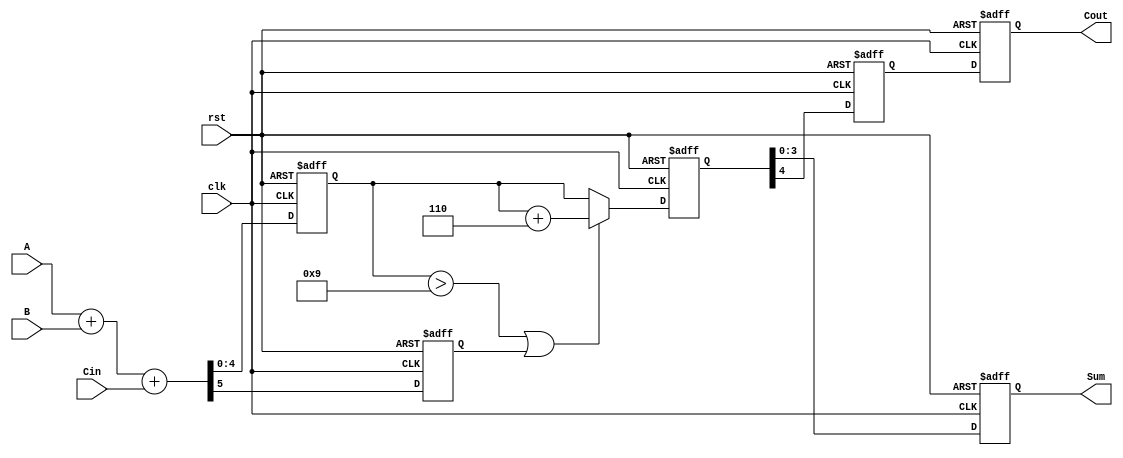
module BCD_Pipelined_Adder (
    input wire [3:0] A,      // BCD digit A
    input wire [3:0] B,      // BCD digit B
    input wire Cin,          // Carry input
    input wire clk,          // Clock input
    input wire rst,          // Reset input
    output reg [3:0] Sum,    // Corrected BCD result
    output reg Cout          // Carry out
);

// Internal signals for pipelining
reg [4:0] stage1_sum;      // Sum from Stage 1
reg stage1_carry;          // Carry from Stage 1
reg [4:0] stage2_sum;      // Sum after correction
reg stage2_carry;          // Carry after correction

// Stage 1: BCD Addition
always @(posedge clk or posedge rst) begin
    if (rst) begin
        stage1_sum <= 5'b0;
        stage1_carry <= 1'b0;
    end else begin
        {stage1_carry, stage1_sum} <= A + B + Cin; // 5-bit sum to accommodate carry
    end
end

// Stage 2: BCD Correction Logic
always @(posedge clk or posedge rst) begin
    if (rst) begin
        stage2_sum <= 5'b0;
        stage2_carry <= 1'b0;
    end else begin
        // Check for BCD correction
        if (stage1_sum > 5'b01001 || stage1_carry) begin // If sum > 9 or carry is generated
            stage2_sum <= stage1_sum + 5'b00110; // Add 6 (0110 in binary)
        end else begin
            stage2_sum <= stage1_sum; // No correction needed
        end
        stage2_carry <= stage2_sum[4]; // Update carry out
    end
end

// Output Stage
always @(posedge clk or posedge rst) begin
    if (rst) begin
        Sum <= 4'b0;
        Cout <= 1'b0;
    end else begin
        Sum <= stage2_sum[3:0]; // Take the lower 4 bits as the final BCD result
        Cout <= stage2_carry;    // Carry out
    end
end

endmodule